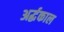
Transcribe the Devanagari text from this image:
अर्द्धकाल